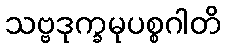
သဗ္ဗဒုက္ခမုပစ္စဂါတိ